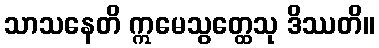
သာသနေတိ ဣမေသွတ္ထေသု ဒိဿတိ။